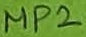
Text: MP2